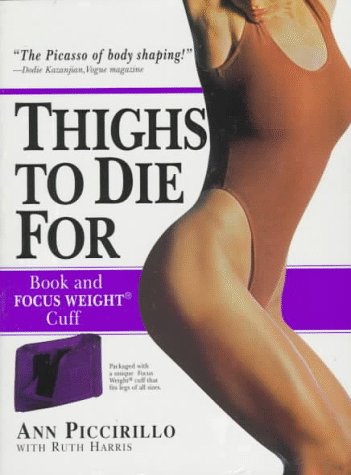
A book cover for Thighs to Die For; Ruth Harris; Health, Fitness & Dieting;